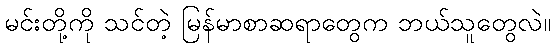
မင်းတို့ကို သင်တဲ့ မြန်မာစာဆရာတွေက ဘယ်သူတွေလဲ။